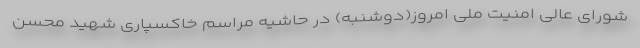
شورای عالی امنیت ملی امروز(دوشنبه) در حاشیه مراسم خاکسپاری شهید محسن